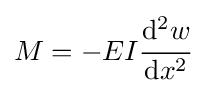
M=-EI{\cfrac {\mathrm {d} ^{2}w}{\mathrm {d} x^{2}}}